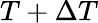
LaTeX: T+\Delta T